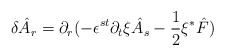
\begin{align*}\delta \hat{A}_{r}=\partial_{r}(-\epsilon^{st}\partial_{t}\xi\hat{A}_{s}-\frac{1}{2}\xi{^\ast}\hat{F})\end{align*}